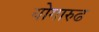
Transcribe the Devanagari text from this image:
योगारुढ